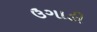
ઉગાઙી